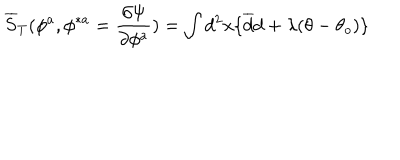
\overline { { S } } _ { T } ( \phi ^ { a } , \phi ^ { \ast a } = { \frac { \partial \Psi } { \partial \phi ^ { a } } } ) = \int d ^ { 2 } x \{ \overline { { d } } d + \lambda ( \theta - \theta _ { o } ) \}